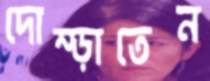
দোম্‌ড়াতেন